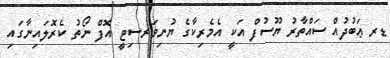
ޑރ ޢަބުދުއް ސައްތާރު ޔޫސުފް އަކީ އެމެރިކާގެ ޔުނިވަރސިޓީ އޮފް ނޯތު ކެރޮލައިނާގައި